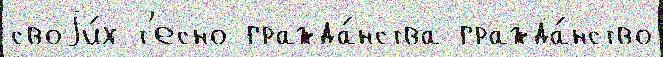
своjи́х т'есно гражда́нства гражда́нство